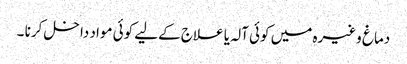
دماغ وغیرہ میں کوئی آلہ یا علاج کےلیے کوئی مواد داخل کرنا ۔